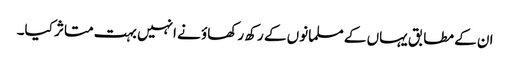
ان کے مطابق یہاں کے مسلمانوں کے رکھ رکھاؤ نے انہیں بہت متاثر کیا۔